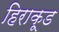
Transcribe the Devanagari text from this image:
हिराकूड